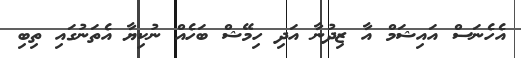
އެހެނަސް އައިޝަމް އާ ޒިދުނާ އަދި ހިމޭޝް ބަހެއް ނުކިޔާ އެތަނުގައި ތިބި